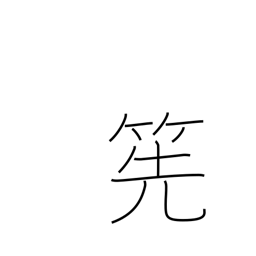
Meaning: bamboo whisk for tea-making